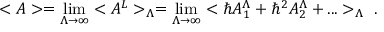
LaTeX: < { \cal A } > = \operatorname * { l i m } _ { \Lambda \rightarrow \infty } < { \cal A } ^ { L } > _ { \Lambda } = \operatorname * { l i m } _ { \Lambda \rightarrow \infty } < \hbar { \cal A } _ { 1 } ^ { \Lambda } + \hbar ^ { 2 } { \cal A } _ { 2 } ^ { \Lambda } + . . . > _ { \Lambda } \ .